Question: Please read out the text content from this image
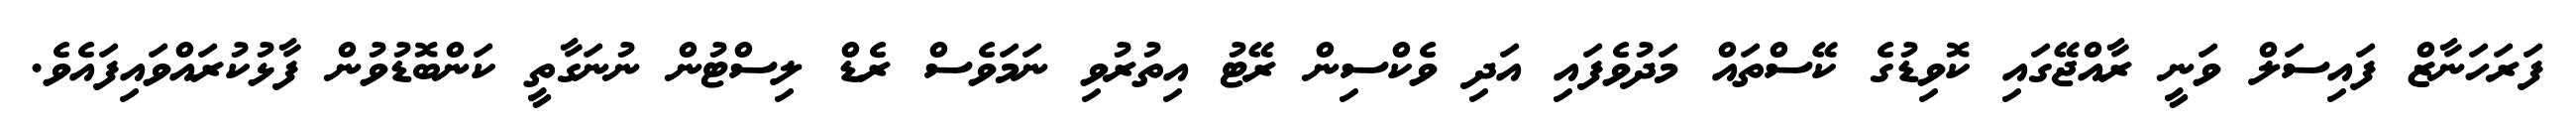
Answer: ފަރަހަނާޒް ފައިސަލް ވަނީ ރާއްޖޭގައި ކޮވިޑުގެ ކޭސްތައް މަދުވެފައި އަދި ވެކްސިން ރޭޓު އިތުރުވި ނަމަވެސް ރެޑް ލިސްޓުން ނުނަގާތީ ކަންބޮޑުވުން ފާޅުކުރައްވައިފައެވެ.